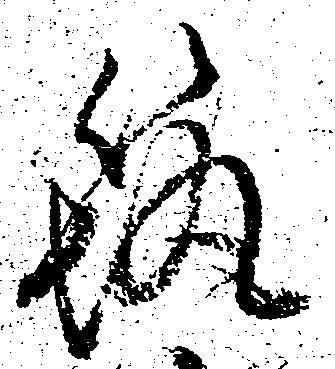
筑